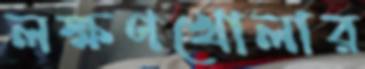
লক্ষণখোলার